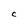
Character: C